Civil Veterinary Dept. Bombay admin report 1907-1913 - 1907-1913
Year: 1907
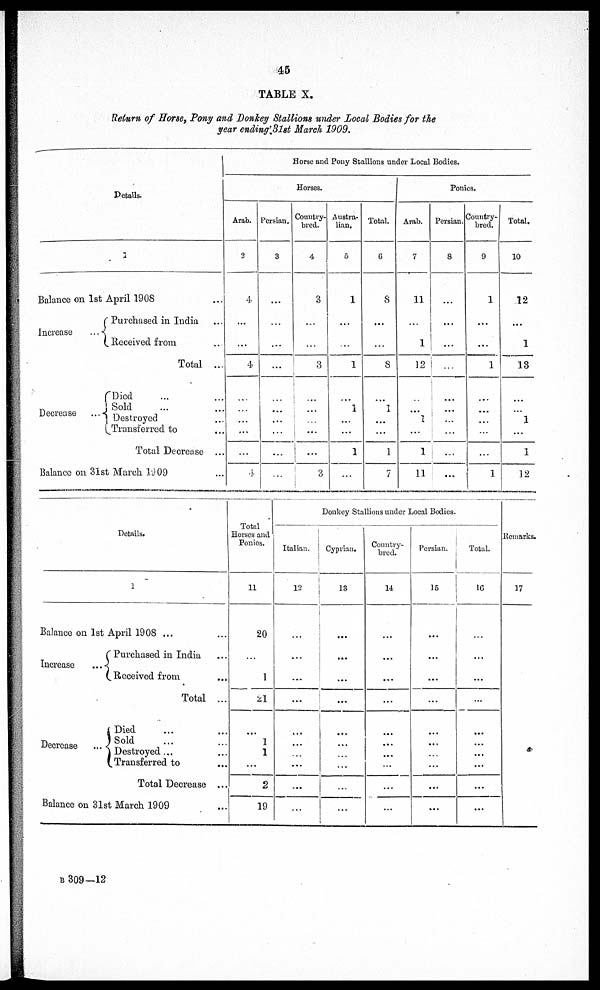
45
TABLE X.
Return of Horse, Pony and Donkey Stallions wider Local Bodies for the
year ending 3lst March 1909.
Details.
1
Balance on1st April 1908
Increase
Purchased in India ...
... Received from ...
Total ...
Decrease
Died ... ...
Sold ... ...
... Destroyed ...
Transferred to ...
Total Decrease ...
Balance on31st March 1909 ...
Horse and Pony Stallions under Local Bodies.
Horses.
Arab.
2
1
...
...
4
...
...
...
...
...
4
Persian.
3
...
...
...
...
...
...
...
...
...
...
Country-
bred.
4
3
...
...
3
...
...
...
...
...
3
Austra-
lian.
5
1
...
...
1
...
1
...
...
1
...
Total.
6
8
...
...
8
...
1
...
...
1
7
Ponies.
Arab.
7
11
...
1
12
...
1
...
1
11
Persian.
8
...
...
1
...
...
...
...
...
...
...
...
Country-
bred.
9
1
...
...
1
...
...
...
...
...
1
Total.
10
12
...
1
13
...
...
1
...
1
12
Details.
1
Balance on1st April 1908 ... ...
Increase
Purchased in India ...
... Received from ...
Total ...
Decrease
Died ... ...
Sold ... ...
Destroyed ... ...
Transferred to ...
Total Decrease ...
Balance on31st March 1909 ...
Total
Horses and
Ponies.
11
20
...
1
21
...
1
1
...
2
19
Donkey Stallions under Local Bodies.
Italian.
12
...
...
...
...
...
...
...
...
...
...
1
Cyprian.
13
...
...
...
...
...
...
... ...
...
...
Country-
bred.
14
...
...
...
...
...
...
...
...
...
...
Persian.
i
15
...
...
...
...
...
...
...
...
...
...
Total.
16
...
...
...
...
...
...
...
...
...
...
Remarks.
17
B 309—12